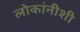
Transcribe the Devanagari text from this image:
लोकांनीशी